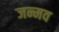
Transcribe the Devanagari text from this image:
जन्मव